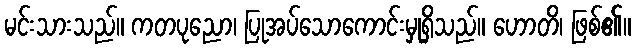
မင်းသားသည်။ ကတပုညော၊ ပြုအပ်သောကောင်းမှုရှိသည်။ ဟောတိ၊ ဖြစ်၏။